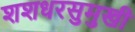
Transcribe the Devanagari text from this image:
शशधरसुमुखी